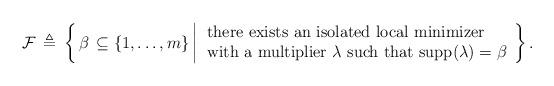
LaTeX: \begin{align*}\mathcal{F} \, \triangleq \, \left\{ \,\beta \, \subseteq \{1, \ldots, m \} \, \bigg| \,\begin{array}{l}\mbox{there exists an isolated local minimizer} \\\mbox{with a multiplier $\lambda$ such that $ \mbox{supp}(\lambda) = \beta$}\end{array}\right\}.\end{align*}